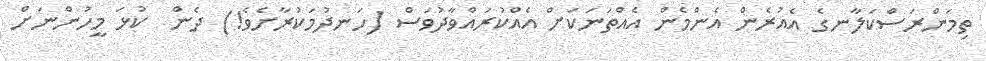
ތިމަންރަސްކަލާނގެ އެއުރެން އެންމެން އެއްތަނަކަށް އެއްކުރައްވާދުވަސް (ހަނދުމަކުރާށެވެ!) ދެން  ކުޅަ މީހުންނަށް